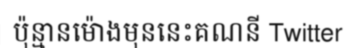
ប៉ុន្មានម៉ោងមុននេះគណនី Twitter